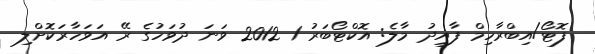
ފޮޓޯ/އިބްރާހިމް ފާއިދު މާލެ: އޮކްޓޯބަރު 1 2012 ވަނަ ދުވަހުގެ ރޭ އަވަހާރަކޮށްލި